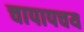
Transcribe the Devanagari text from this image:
चापापचय